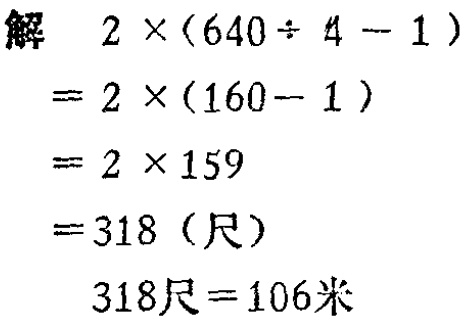
解

\[

\begin{align*}

&2\times(640\div4 - 1)\\

=&2\times(160 - 1)\\

=&2\times159\\

=&318 (\text{尺})\\

\end{align*}

\]

\(318\text{尺}=106\text{米}\)